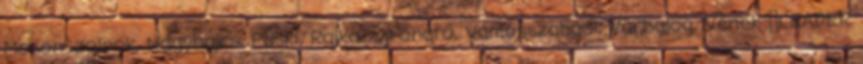
Mosonszolnok, Nagybajcs, Püski, Rajka, Újrónafő, Vámosszabadi, Várbalog, Vének ▪LEADER